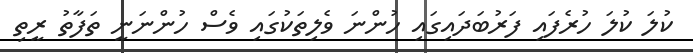
ކުލަ ކުލަ ހުރެފައި ފަރުބަދައިގައި ހުންނަ ވެލިތަކުގައި ވެސް ހުންނަނީ ތަފާތު ރީތި